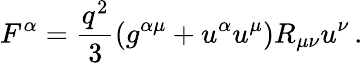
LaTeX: F^{\alpha}=\frac{q^{2}}3(g^{\alpha\mu}+u^{\alpha}u^{\mu})R_{\mu\nu}u^{\nu}\, .